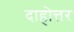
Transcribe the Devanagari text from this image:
दाहोत्तर